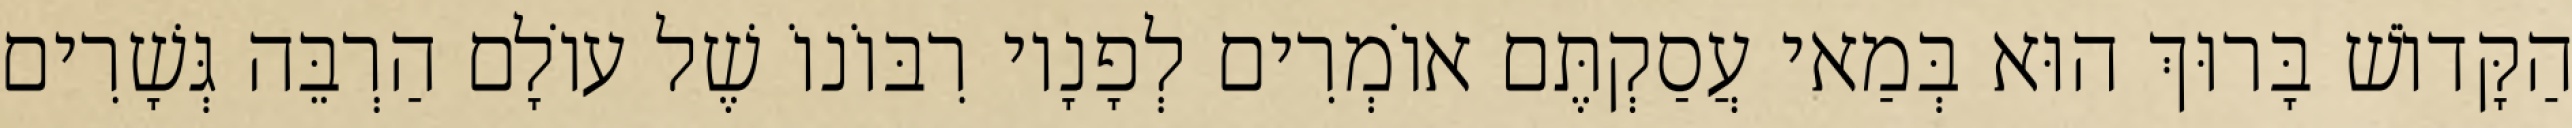
הַקָּדוֹשׁ בָּרוּךְ הוּא בְּמַאי עֲסַקְתֶּם אוֹמְרִים לְפָנָיו רִבּוֹנוֹ שֶׁל עוֹלָם הַרְבֵּה גְּשָׁרִים